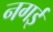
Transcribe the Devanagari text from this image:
नगई